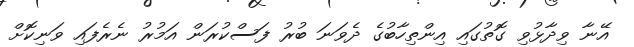
އޭނާ ވިދާޅުވި ގޮތުގައި އިންތިހާބުގެ ދެވަނަ ބުރު ފަސްކުރަން އަމުރު ނެރެފައި ވަނިކޮށް